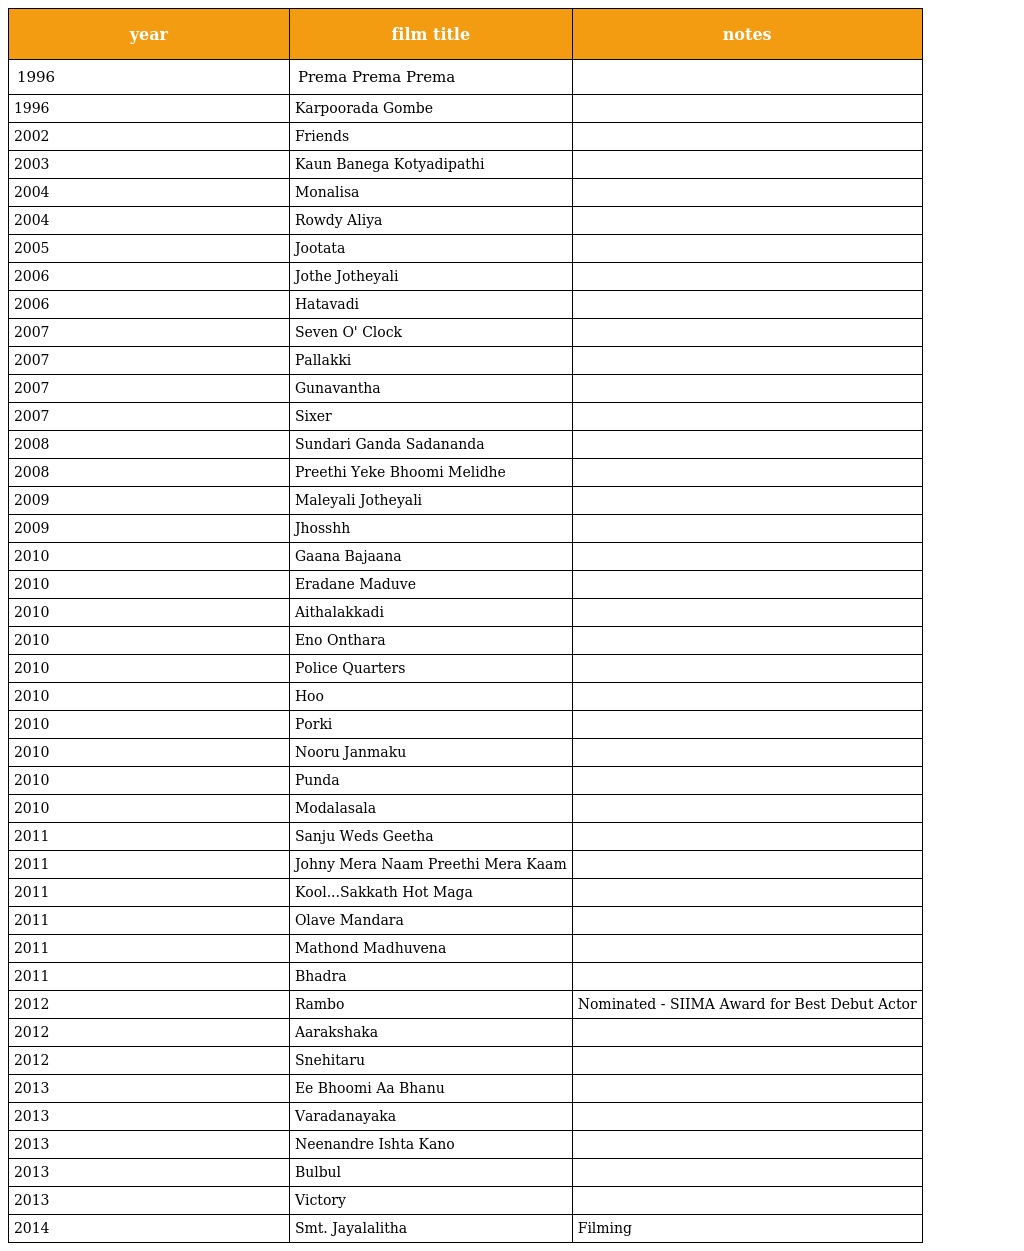
| year | film title | notes |
 | --- | --- | --- |
 | 1996 | Prema Prema Prema |  |
 | 1996 | Karpoorada Gombe |  |
 | 2002 | Friends |  |
 | 2003 | Kaun Banega Kotyadipathi |  |
 | 2004 | Monalisa |  |
 | 2004 | Rowdy Aliya |  |
 | 2005 | Jootata |  |
 | 2006 | Jothe Jotheyali |  |
 | 2006 | Hatavadi |  |
 | 2007 | Seven O' Clock |  |
 | 2007 | Pallakki |  |
 | 2007 | Gunavantha |  |
 | 2007 | Sixer |  |
 | 2008 | Sundari Ganda Sadananda |  |
 | 2008 | Preethi Yeke Bhoomi Melidhe |  |
 | 2009 | Maleyali Jotheyali |  |
 | 2009 | Jhosshh |  |
 | 2010 | Gaana Bajaana |  |
 | 2010 | Eradane Maduve |  |
 | 2010 | Aithalakkadi |  |
 | 2010 | Eno Onthara |  |
 | 2010 | Police Quarters |  |
 | 2010 | Hoo |  |
 | 2010 | Porki |  |
 | 2010 | Nooru Janmaku |  |
 | 2010 | Punda |  |
 | 2010 | Modalasala |  |
 | 2011 | Sanju Weds Geetha |  |
 | 2011 | Johny Mera Naam Preethi Mera Kaam |  |
 | 2011 | Kool...Sakkath Hot Maga |  |
 | 2011 | Olave Mandara |  |
 | 2011 | Mathond Madhuvena |  |
 | 2011 | Bhadra |  |
 | 2012 | Rambo | Nominated - SIIMA Award for Best Debut Actor |
 | 2012 | Aarakshaka |  |
 | 2012 | Snehitaru |  |
 | 2013 | Ee Bhoomi Aa Bhanu |  |
 | 2013 | Varadanayaka |  |
 | 2013 | Neenandre Ishta Kano |  |
 | 2013 | Bulbul |  |
 | 2013 | Victory |  |
 | 2014 | Smt. Jayalalitha | Filming |